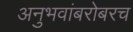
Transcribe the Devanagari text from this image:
अनुभवांबरोबरच